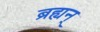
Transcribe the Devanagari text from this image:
ब्रह्यन्‌